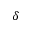
\delta